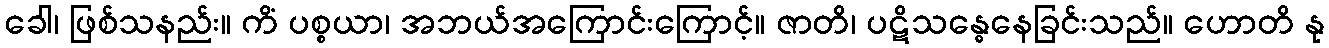
ခေါ၊ ဖြစ်သနည်း။ ကိံ ပစ္စယာ၊ အဘယ်အကြောင်းကြောင့်။ ဇာတိ၊ ပဋိသန္ဓေနေခြင်းသည်။ ဟောတိ နု